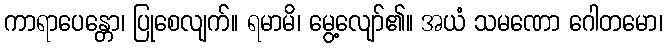
ကာရာပေန္တော၊ ပြုစေလျက်။ ရမာမိ၊ မွေ့လျော်၏။ အယံ သမဏော ဂေါတမော၊